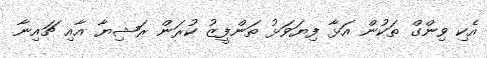
އެކި ވިންގް ތަކުން އަޅާ ފިޔަވަޅު ތަންފީޒު ކުރަން ރަޝިޔާ އާއި ޗައިނާ